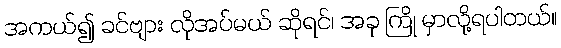
အကယ်၍ ခင်ဗျား လိုအပ်မယ် ဆိုရင်၊ အခု ကြို မှာလို့ရပါတယ်။